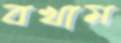
বখাম